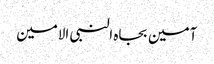
آمین بجاہ النبی الامین